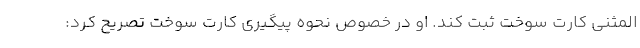
المثنی کارت سوخت ثبت کند. او در خصوص نحوه پیگیری کارت سوخت تصریح کرد: